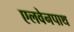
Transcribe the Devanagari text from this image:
एलवेनपाथ